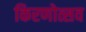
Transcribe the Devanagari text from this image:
किरणोत्सव